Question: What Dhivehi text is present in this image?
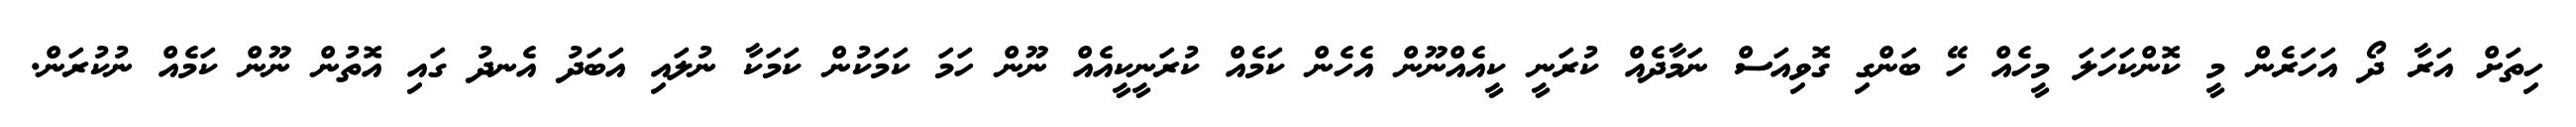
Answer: ހިތަށް އަރާ ދޯ އަހަރެން މީ ކޮންކަހަލަ މީހެއް ހޭ ބަންގި ގޮވިއަސް ނަމާދެއް ކުރަނީ ކީއެއްނޫން އެހެން ކަމެއް ކުރަނީކީއެއް ނޫން ހަމަ ކަމަކުން ކަމަކާ ނުލައި އަބަދު އެނދު ގައި އޮތުން ނޫން ކަމެއް ނުކުރަން.